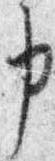
申